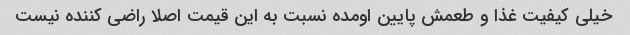
خیلی کیفیت غذا و طعمش پایین اومده نسبت به این قیمت اصلا راضی کننده نیست